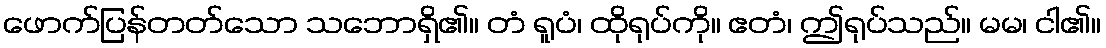
ဖောက်ပြန်တတ်သော သဘောရှိ၏။ တံ ရူပံ၊ ထိုရုပ်ကို။ ဧတံ၊ ဤရုပ်သည်။ မမ၊ ငါ၏။